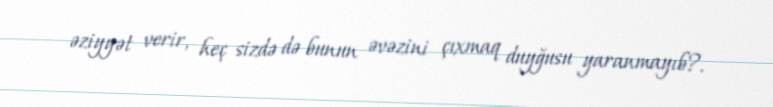
əziyyət verir, heç sizdə də bunun əvəzini çıxmaq duyğusu yaranmayıb?.